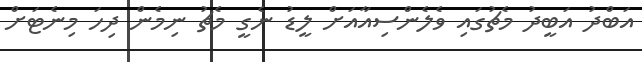
އަބްދު އަބީދު މެޗުގައި ވެލެންސިއާއަށް ލީޑު ނެގީ މެޗު ނިމެން ދިހަ މިނެޓަށް